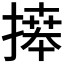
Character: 𢳎